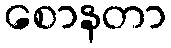
စောနတာ